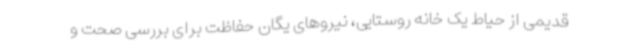
قدیمی از حیاط یک خانه روستایی، نیروهای یگان حفاظت برای بررسی صحت و